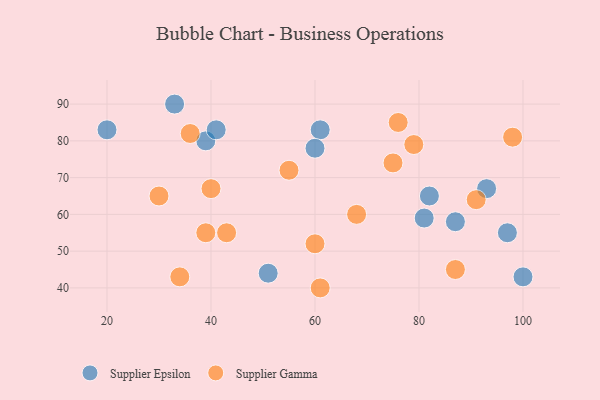
{"axis": {"x": "GDP", "y": "Life Expectancy"}, "legend": ["Supplier Epsilon", "Supplier Gamma"], "data": [{"x": "33", "y": 90, "type": "Supplier Epsilon"}, {"x": "93", "y": 67, "type": "Supplier Epsilon"}, {"x": "81", "y": 59, "type": "Supplier Epsilon"}, {"x": "61", "y": 83, "type": "Supplier Epsilon"}, {"x": "97", "y": 55, "type": "Supplier Epsilon"}, {"x": "39", "y": 80, "type": "Supplier Epsilon"}, {"x": "20", "y": 83, "type": "Supplier Epsilon"}, {"x": "60", "y": 78, "type": "Supplier Epsilon"}, {"x": "87", "y": 58, "type": "Supplier Epsilon"}, {"x": "41", "y": 83, "type": "Supplier Epsilon"}, {"x": "82", "y": 65, "type": "Supplier Epsilon"}, {"x": "51", "y": 44, "type": "Supplier Epsilon"}, {"x": "100", "y": 43, "type": "Supplier Epsilon"}, {"x": "91", "y": 64, "type": "Supplier Gamma"}, {"x": "43", "y": 55, "type": "Supplier Gamma"}, {"x": "30", "y": 65, "type": "Supplier Gamma"}, {"x": "68", "y": 60, "type": "Supplier Gamma"}, {"x": "60", "y": 52, "type": "Supplier Gamma"}, {"x": "36", "y": 82, "type": "Supplier Gamma"}, {"x": "87", "y": 45, "type": "Supplier Gamma"}, {"x": "61", "y": 40, "type": "Supplier Gamma"}, {"x": "75", "y": 74, "type": "Supplier Gamma"}, {"x": "79", "y": 79, "type": "Supplier Gamma"}, {"x": "55", "y": 72, "type": "Supplier Gamma"}, {"x": "98", "y": 81, "type": "Supplier Gamma"}, {"x": "40", "y": 67, "type": "Supplier Gamma"}, {"x": "34", "y": 43, "type": "Supplier Gamma"}, {"x": "76", "y": 85, "type": "Supplier Gamma"}, {"x": "39", "y": 55, "type": "Supplier Gamma"}]}